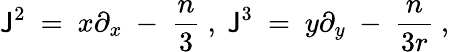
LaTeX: \mathsf{J}^{2}\ =\ x\partial_{x}\ -\ {\frac{{n}}{{3}}}\ ,\ \mathsf{J}^{3}\ =\ y\partial_{y}\ -\ {\frac{{n}}{{3r}}}\ ,